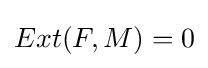
Ext(F,M)=0